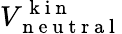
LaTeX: V_{\mathrm{~n~e~u~t~r~a~l~}}^{\mathrm{~k~i~n~}}